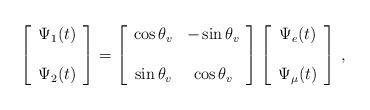
LaTeX: \begin{align*}\left[\begin{array}{cc} \Psi_1(t) \\ \\ \Psi_2(t) \end{array}\right]=\left[\begin{array}{cc}\cos{\theta_v} & -\sin{\theta_v} \\ \\\sin{\theta_v} & \cos{\theta_v}\end{array}\right]\left[\begin{array}{cc} \Psi_e(t) \\ \\ \Psi_{\mu}(t) \end{array}\right]\,,\end{align*}